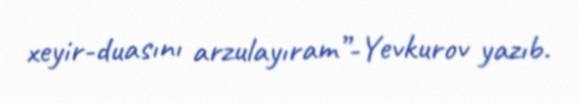
xeyir-duasını arzulayıram”-Yevkurov yazıb.